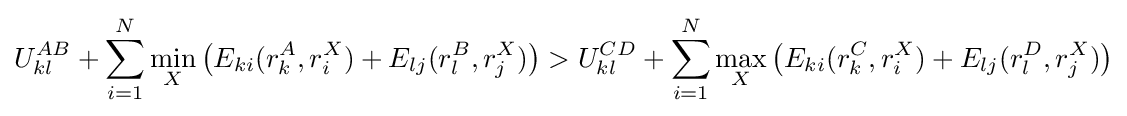
U_{kl}^{AB}+\sum _{i=1}^{N}\min _{X}\left(E_{ki}(r_{k}^{A},r_{i}^{X})+E_{lj}(r_{l}^{B},r_{j}^{X})\right)>U_{kl}^{CD}+\sum _{i=1}^{N}\max _{X}\left(E_{ki}(r_{k}^{C},r_{i}^{X})+E_{lj}(r_{l}^{D},r_{j}^{X})\right)